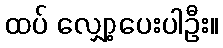
ထပ် လျှော့ပေးပါဦး။